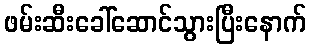
ဖမ်းဆီးခေါ်ဆောင်သွားပြီးနောက်